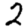
Digit: 2